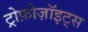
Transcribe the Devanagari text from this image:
ट्रोफ़ोज़ॉइट्स